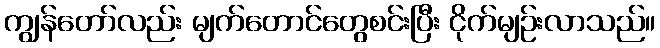
ကျွန်တော်လည်း မျက်တောင်တွေစင်းပြီး ငိုက်မျဉ်းလာသည်။